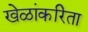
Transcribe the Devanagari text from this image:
खेळांकरिता